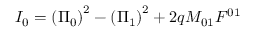
I _ { 0 } = \left( \Pi _ { 0 } \right) ^ { 2 } - \left( \Pi _ { 1 } \right) ^ { 2 } + 2 q M _ { 0 1 } F ^ { 0 1 }